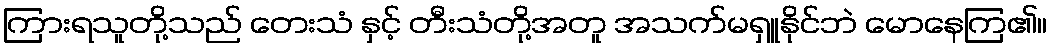
ကြားရသူတို့သည် တေးသံ နှင့် တီးသံတို့အတူ အသက်မရှူနိုင်ဘဲ မောနေကြ၏။